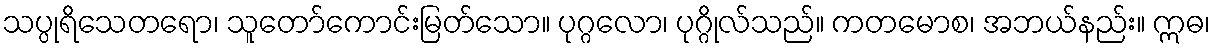
သပ္ပုရိသေတရော၊ သူတော်ကောင်းမြတ်သော။ ပုဂ္ဂလော၊ ပုဂ္ဂိုလ်သည်။ ကတမောစ၊ အဘယ်နည်း။ ဣဓ၊